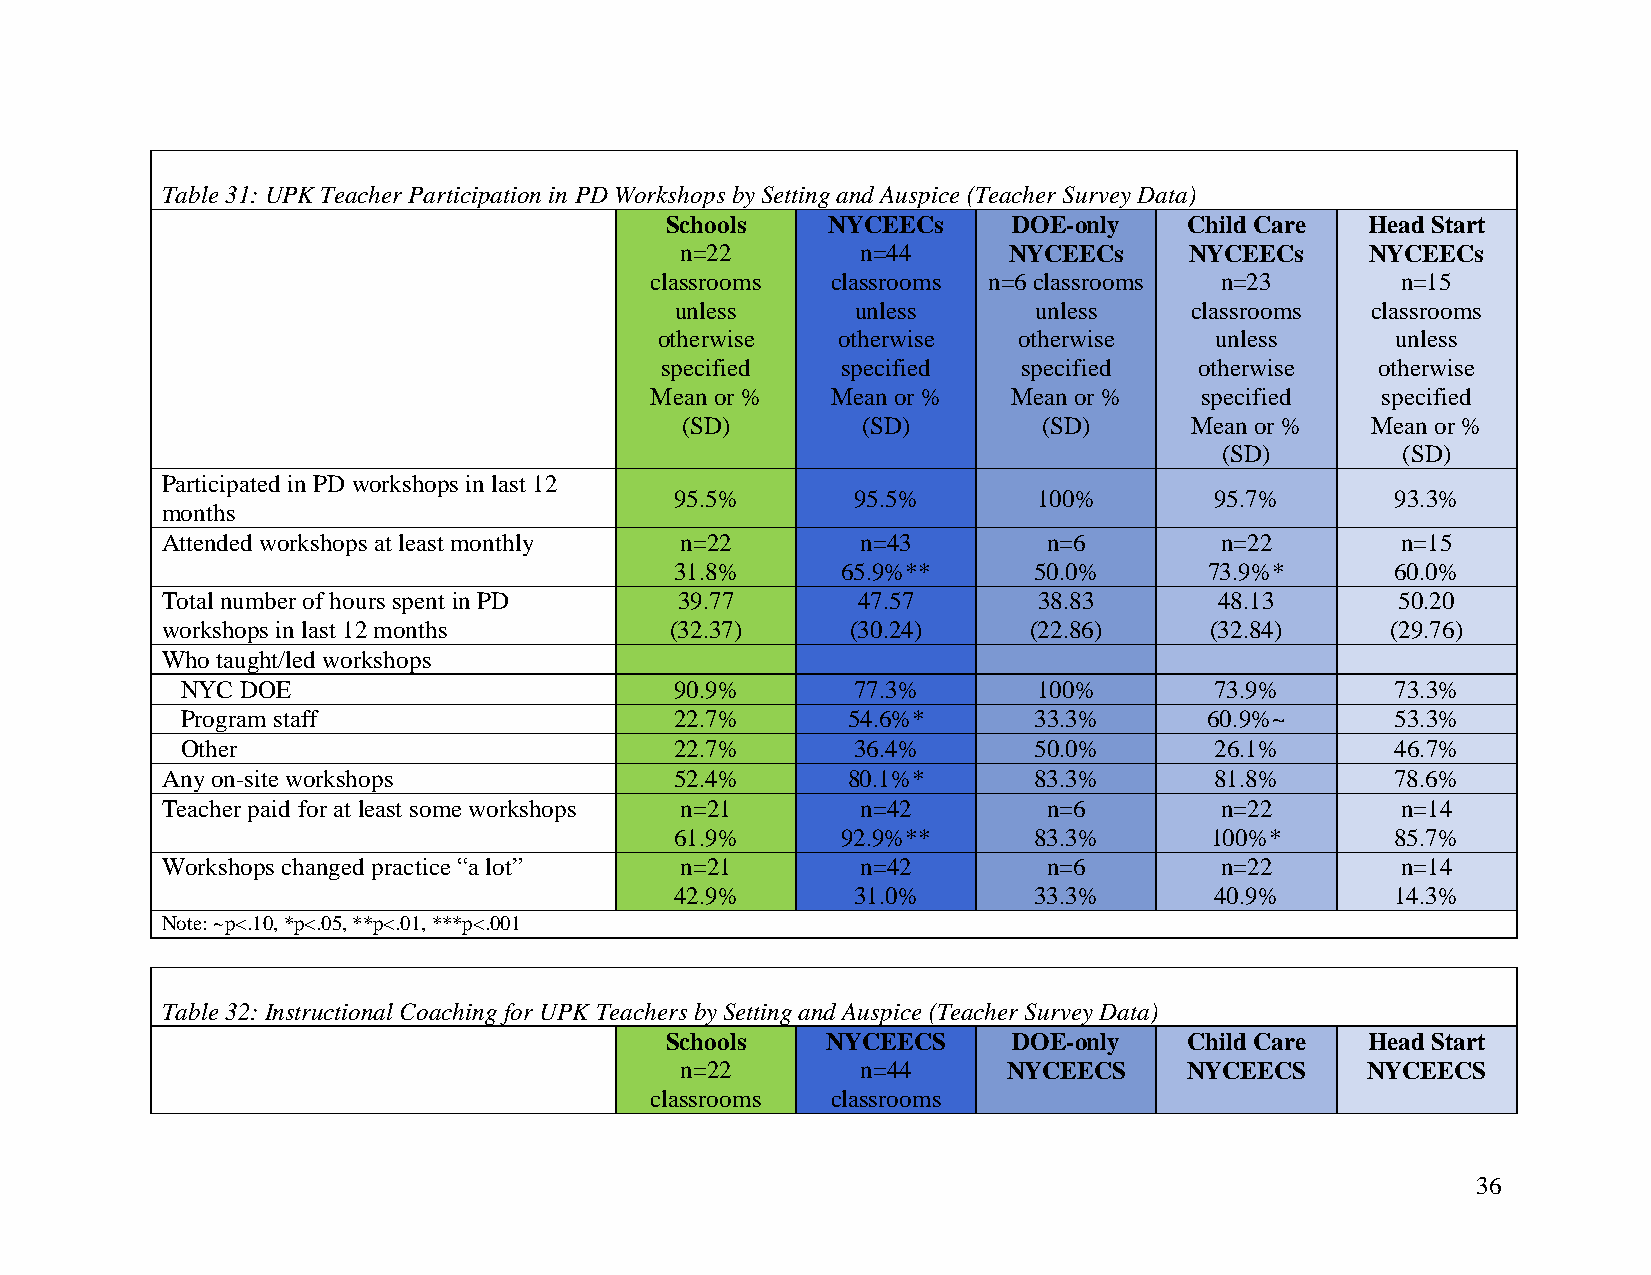
Table 31: UPK Teacher Participation in PD Workshops by Setting and Auspice (Teacher Survey Data)
 Schools    NYCEECs     DOE-only    Child Care  Head Start
 n=22        n=44      NYCEECs     NYCEECs     NYCEECs
 classrooms  classrooms n=6 classrooms n=23        n=15
 unless      unless     unless     classrooms  classrooms
 otherwise  otherwise   otherwise    unless      unless
 specified   specified   specified  otherwise   otherwise
 Mean or %   Mean or %   Mean or %   specified   specified
 (SD)        (SD)        (SD)      Mean or %   Mean or %
 (SD)        (SD)
 Participated in PD workshops in last 12
 95.5%      95.5%        100%       95.7%       93.3%
 months
 Attended workshops at least monthly n=22      n=43        n=6         n=22        n=15
 31.8%      65.9%**     50.0%       73.9%*      60.0%
 Total number of hours spent in PD 39.77       47.57       38.83       48.13       50.20
 workshops in last 12 months      (32.37)     (30.24)     (22.86)     (32.84)     (29.76)
 Who taught/led workshops
 NYC DOE                          90.9%      77.3%        100%       73.9%       73.3%
 Program staff                    22.7%      54.6%*      33.3%       60.9%~      53.3%
 Other                            22.7%      36.4%       50.0%       26.1%       46.7%
 Any on-site workshops             52.4%      80.1%*      83.3%       81.8%       78.6%
 Teacher paid for at least some workshops n=21 n=42        n=6         n=22        n=14
 61.9%      92.9%**     83.3%       100%*       85.7%
 Workshops changed practice “a lot” n=21       n=42        n=6         n=22        n=14
 42.9%      31.0%       33.3%       40.9%       14.3%
 Note: ~p<.10, *p<.05, **p<.01, ***p<.001
 Table 32: Instructional Coaching for UPK Teachers by Setting and Auspice (Teacher Survey Data)
 Schools    NYCEECS     DOE-only    Child Care  Head Start
 n=22        n=44      NYCEECS     NYCEECS    NYCEECS
 classrooms  classrooms
 36